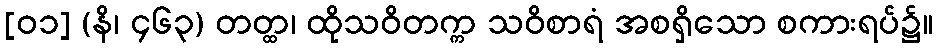
[၀၁] (နိ၊ ၄၆၃) တတ္ထ၊ ထိုသဝိတက္က သဝိစာရံ အစရှိသော စကားရပ်၌။